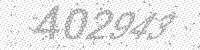
Solution: 402943